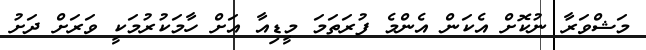
މަޝްވަރާ ނުކޮށް އެކަން އެންމެ ފުރަތަމަ މީޑިއާ އަށް ހާމަކުރުމަކީ ވަރަށް ދަށު